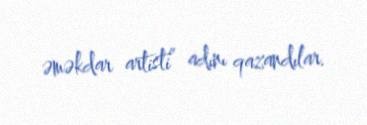
əməkdar artisti” adını qazandılar.